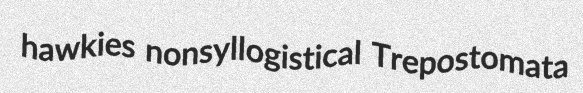
hawkies nonsyllogistical Trepostomata